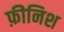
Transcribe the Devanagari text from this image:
फ़ीनिश